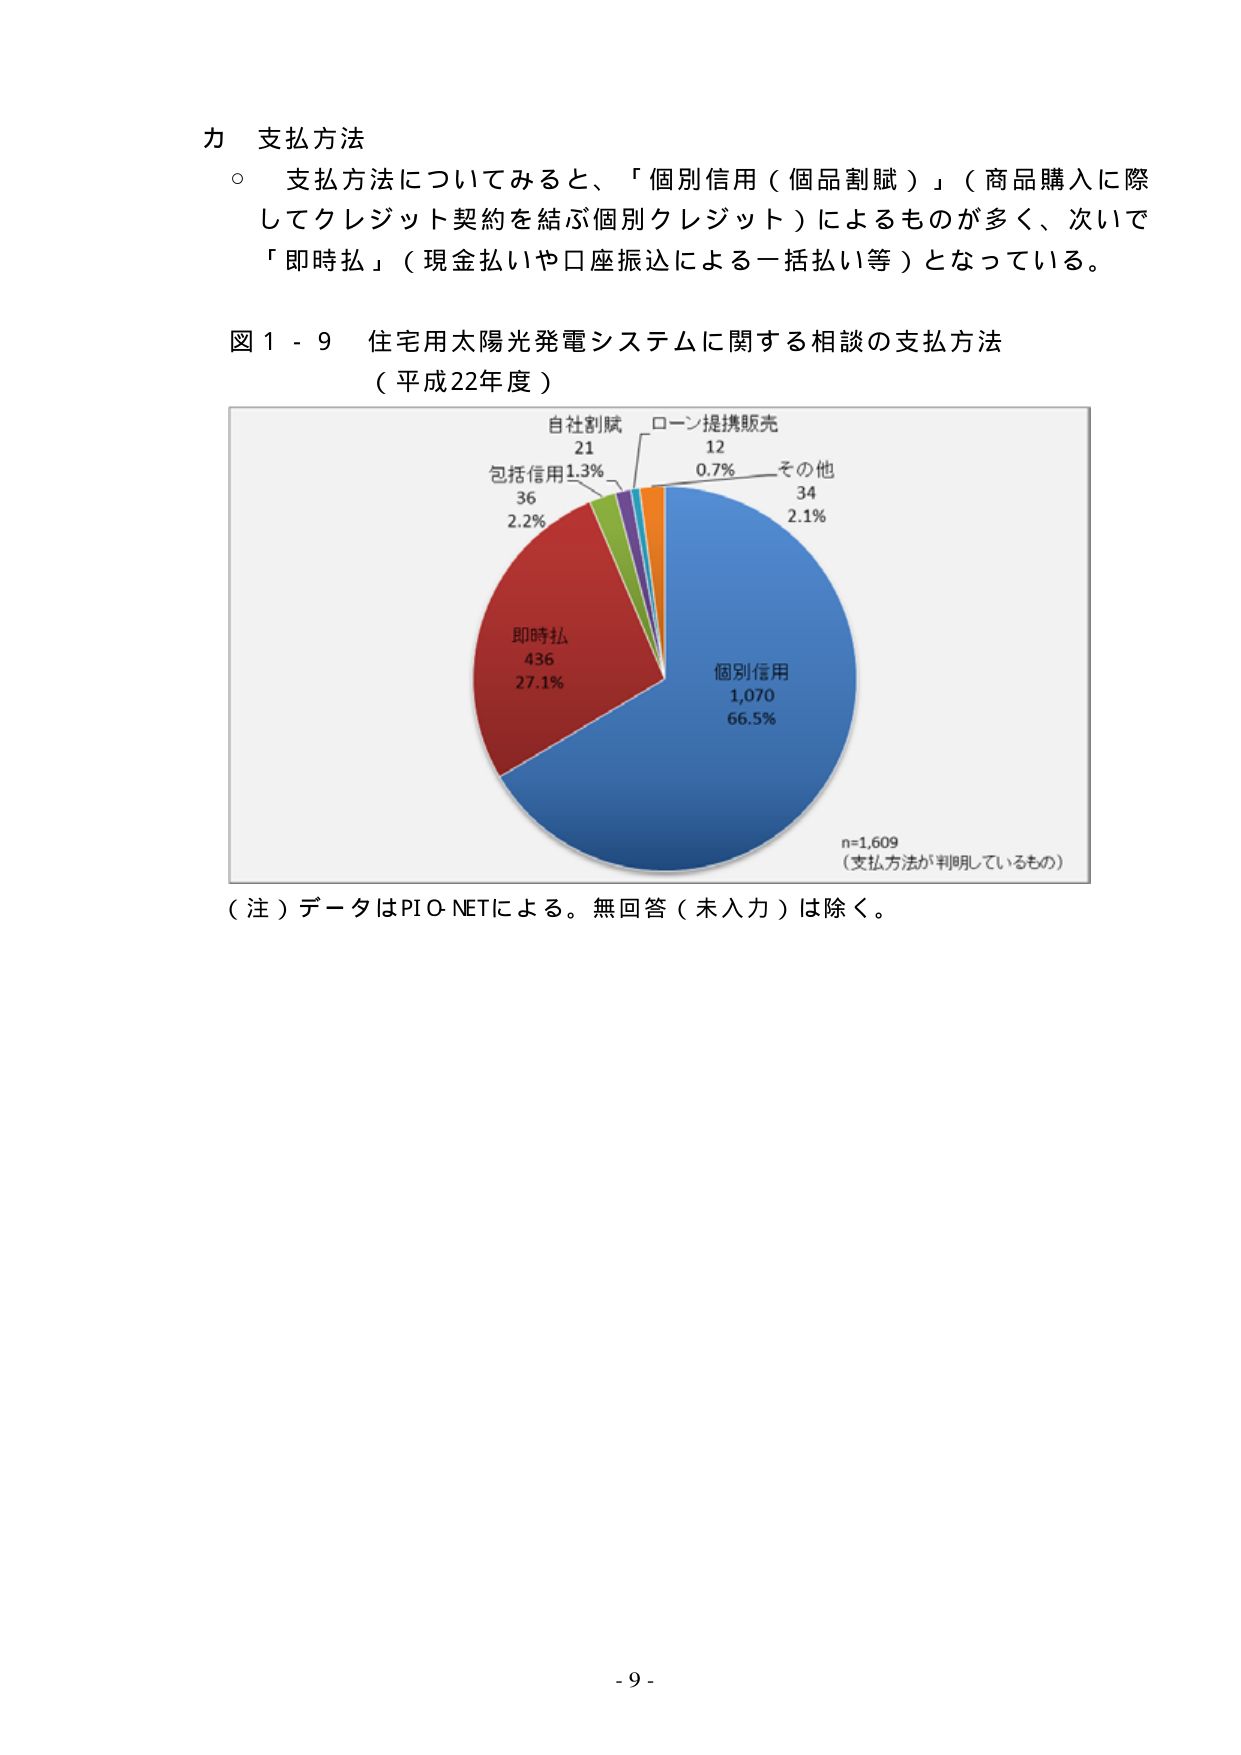
カ 支払方法
○ 支払方法についてみると、「個別信用（個品割賦）」（商品購入に際してクレジット契約を結ぶ個別クレジット）によるものが多く、次いで「即時払」（現金払いや口座振込による一括払い等）となっている。

図１－９ 住宅用太陽光発電システムに関する相談の支払方法
（平成22年度）

自社割賦
21
包括信用1.3%
36
2.2%
即時払
436
27.1%
個別信用
1,070
66.5%
ローン提携販売
12
0.7%
その他
34
2.1%
n=1,609
（支払方法が判明しているもの）

（注）データはPIO-NETによる。無回答（未入力）は除く。

- 9 -